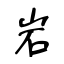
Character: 岩